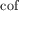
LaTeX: \operatorname { c o f }